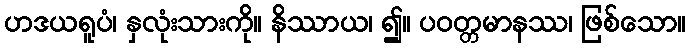
ဟဒယရူပံ၊ နှလုံးသားကို။ နိဿာယ၊ ၍။ ပဝတ္တမာနဿ၊ ဖြစ်သော။